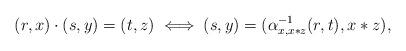
LaTeX: \begin{align*}(r,x)\cdot (s,y)=(t,z)\iff(s,y)=(\alpha^{-1}_{x,x*z}(r,t),x*z),\end{align*}